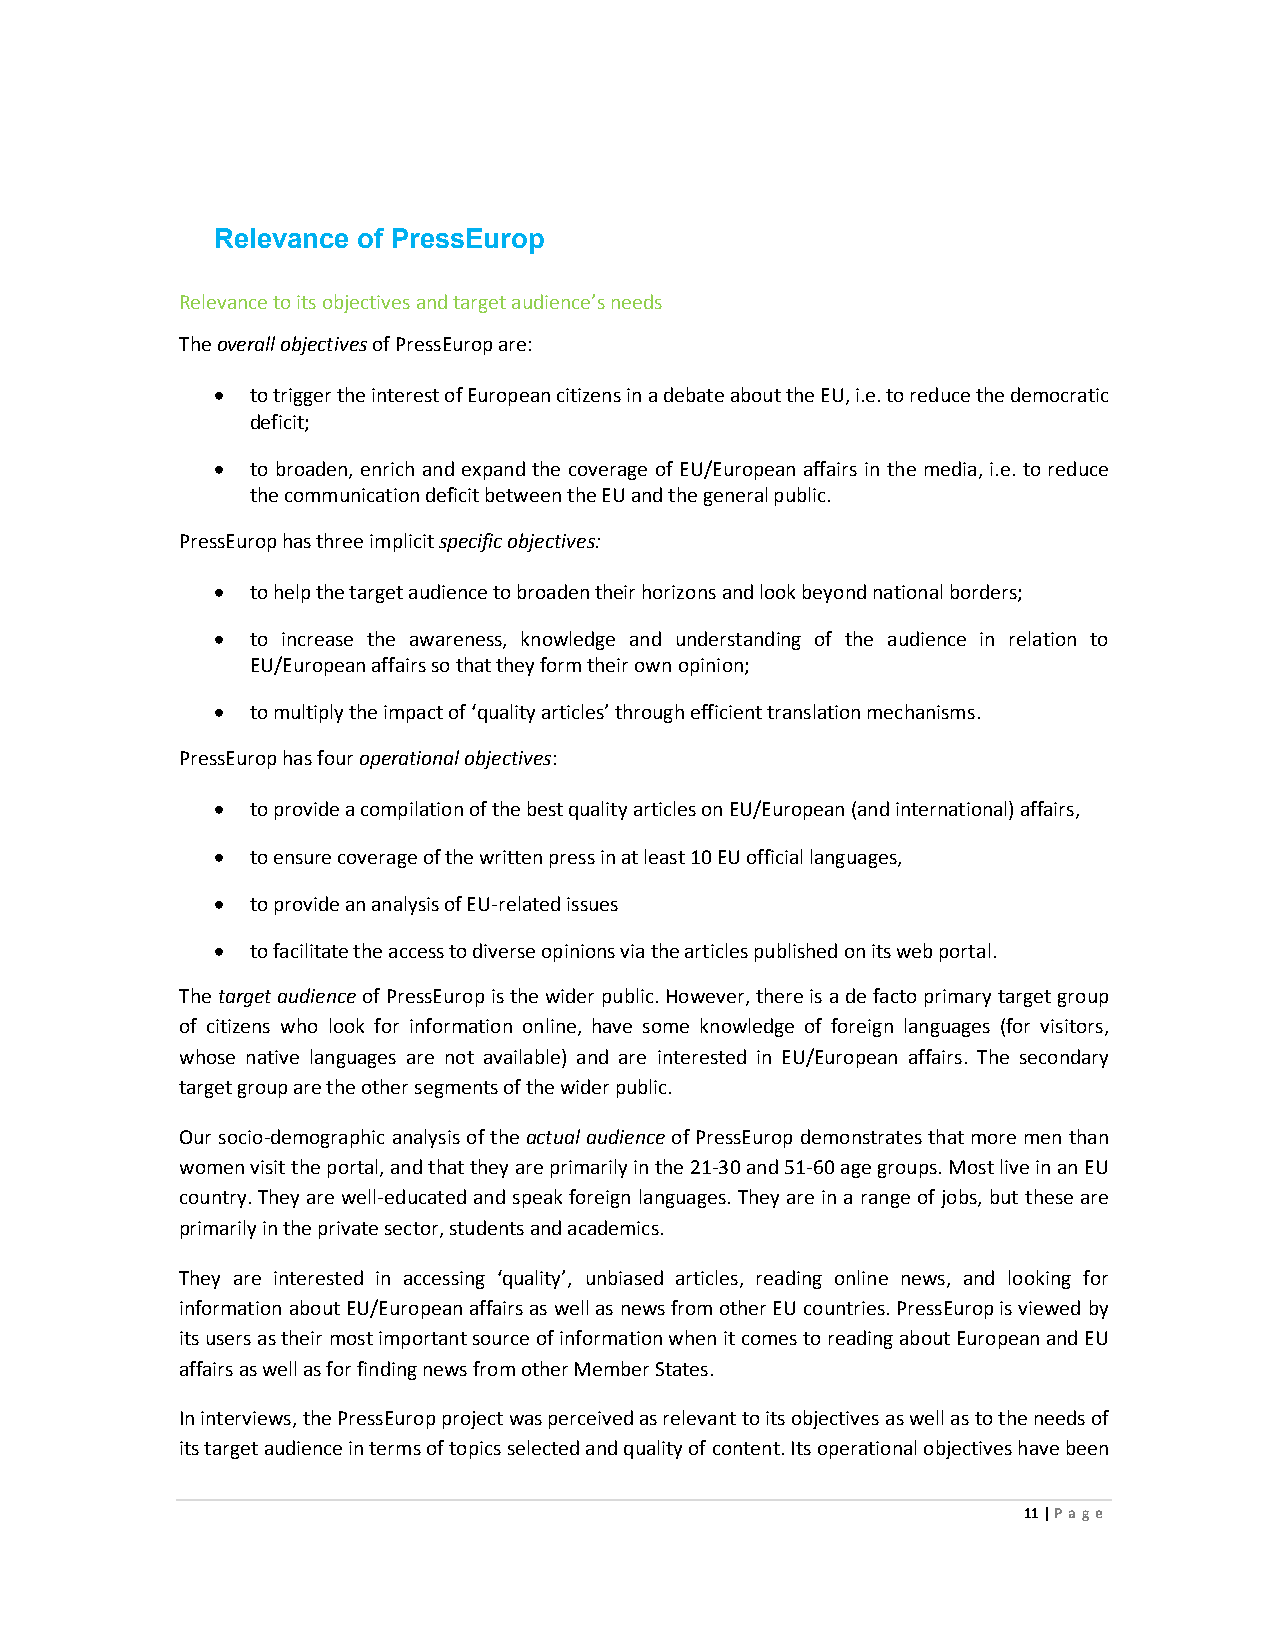
Relevance of PressEurop
 Relevance to its objectives and target audience’s needs
 The overall objectives of PressEurop are:
 •  to trigger the interest of European citizens in a debate about the EU, i.e. to reduce the democratic
 deficit;
 •  to broaden, enrich and expand the coverage of EU/European affairs in the media, i.e. to reduce
 the communication deficit between the EU and the general public.
 PressEurop has three implicit specific objectives:
 •  to help the target audience to broaden their horizons and look beyond national borders;
 •  to increase the awareness, knowledge and understanding of the audience in relation to
 EU/European affairs so that they form their own opinion;
 •  to multiply the impact of ‘quality articles’ through efficient translation mechanisms.
 PressEurop has four operational objectives:
 •  to provide a compilation of the best quality articles on EU/European (and international) affairs,
 •  to ensure coverage of the written press in at least 10 EU official languages,
 •  to provide an analysis of EU-related issues
 •  to facilitate the access to diverse opinions via the articles published on its web portal.
 The target audience of PressEurop is the wider public. However, there is a de facto primary target group
 of citizens who look for information online, have some knowledge of foreign languages (for visitors,
 whose native languages are not available) and are interested in EU/European affairs. The secondary
 target group are the other segments of the wider public.
 Our socio-demographic analysis of the actual audience of PressEurop demonstrates that more men than
 women visit the portal, and that they are primarily in the 21-30 and 51-60 age groups. Most live in an EU
 country. They are well-educated and speak foreign languages. They are in a range of jobs, but these are
 primarily in the private sector, students and academics.
 They are interested in accessing ‘quality’, unbiased articles, reading online news, and looking for
 information about EU/European affairs as well as news from other EU countries. PressEurop is viewed by
 its users as their most important source of information when it comes to reading about European and EU
 affairs as well as for finding news from other Member States.
 In interviews, the PressEurop project was perceived as relevant to its objectives as well as to the needs of
 its target audience in terms of topics selected and quality of content. Its operational objectives have been
 11 | Page